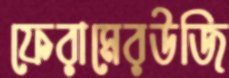
ফেরামেরউজি